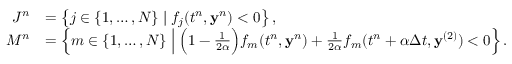
\begin{array} { r l } { J ^ { n } } & { = \left\{ j \in \{ 1 , \ldots , N \} \mid f _ { j } ( t ^ { n } , \mathbf y ^ { n } ) < 0 \right\} , } \\ { M ^ { n } } & { = \left\{ m \in \{ 1 , \ldots , N \} \; \Big | \; \Big ( 1 - \frac { 1 } { 2 \alpha } \Big ) f _ { m } ( t ^ { n } , \mathbf y ^ { n } ) + \frac { 1 } { 2 \alpha } f _ { m } ( t ^ { n } + \alpha \Delta t , \mathbf y ^ { ( 2 ) } ) < 0 \right\} . } \end{array}